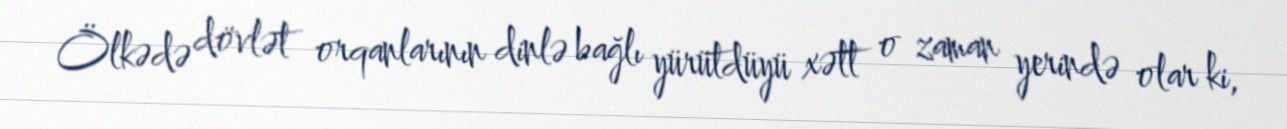
Ölkədə dövlət orqanlarının dinlə bağlı yürütdüyü xətt o zaman yerində olar ki,